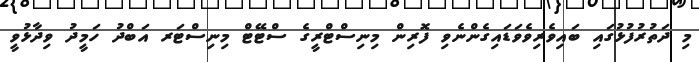
މި ދަތުރުފުޅުގައި ބައިވެރިވެވަޑައިގެންނެވި ފޮރިން މިނިސްޓްރީގެ ސްޓޭޓް މިނިސްޓަރ އަބްދު ހަމީދު ވިދާޅުވީ